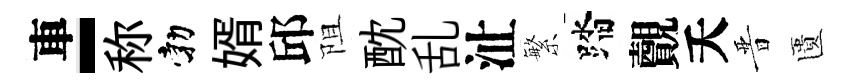
車-称勃婿邱阻酖乱沚繁踏覿夭晋匱